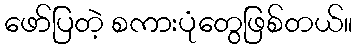
ဖော်ပြတဲ့ စကားပုံတွေဖြစ်တယ်။